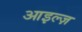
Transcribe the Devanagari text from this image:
आइल्ज़